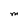
Character: M